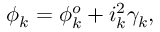
\phi _ { k } = \phi _ { k } ^ { o } + i _ { k } ^ { 2 } \gamma _ { k } ,